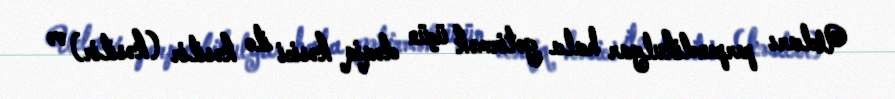
Ucları perpendikulyar hala gətirmək üçün dəqiq kəsici ilə kəsilir (kəsilir) və